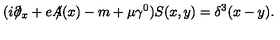
( i \partial \! \! \! \slash _ { x } + e A \! \! \! \slash ( x ) - m + \mu \gamma ^ { 0 } ) S ( x , y ) = \delta ^ { 3 } ( x - y ) .